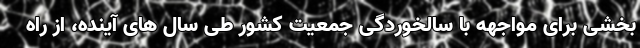
بخشی برای مواجهه با سالخوردگی جمعیت کشور طی سال های آینده، از راه